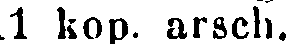
11 kop. arsch.